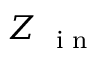
Z _ { \mathrm { ~ \scriptsize ~ i ~ n ~ } }